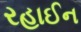
રહાઈન